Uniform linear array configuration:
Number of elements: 4
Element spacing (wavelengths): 0.5
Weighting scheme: binomial
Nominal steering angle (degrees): -45
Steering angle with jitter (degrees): -44.987
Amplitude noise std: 0.05
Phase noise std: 0.05

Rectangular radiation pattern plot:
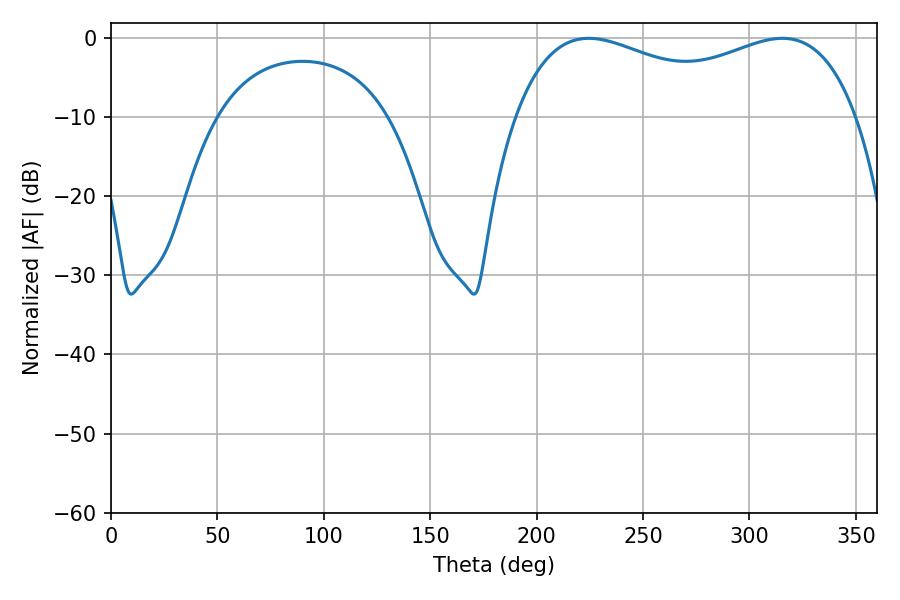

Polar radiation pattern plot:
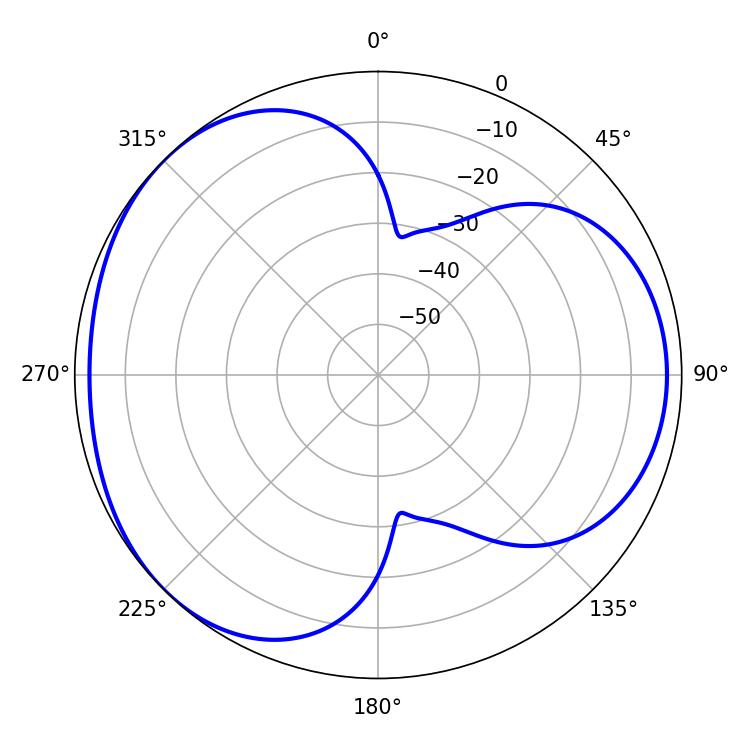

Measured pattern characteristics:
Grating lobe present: FALSE
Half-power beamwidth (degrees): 132.84
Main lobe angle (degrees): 224.46